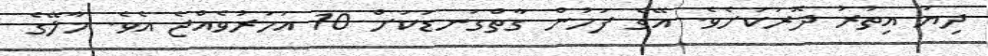
ދިޔަ އިތުރު ދޮރަކަށެވެ. އޭގެ ފަހުން ގާތްގަނޑަކަށް 10 އަހަރުވެއްޖެ އެވެ. މާލޭގެ